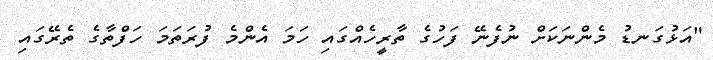
"އަޅުގަނޑު މެންނަކަށް ނުފެނޭ ފަހުގެ ތާރީހެއްގައި ހަމަ އެންމެ ފުރަތަމަ ހަފްތާގެ ތެރޭގައި